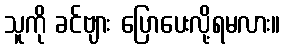
သူကို ခင်ဗျား ပြောပေးလို့ရမလား။